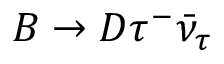
B \to D \tau ^ { - } \bar { \nu } _ { \tau }